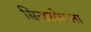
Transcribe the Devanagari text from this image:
सिन्डरफेल्ला